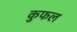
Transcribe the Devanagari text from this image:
कुफल